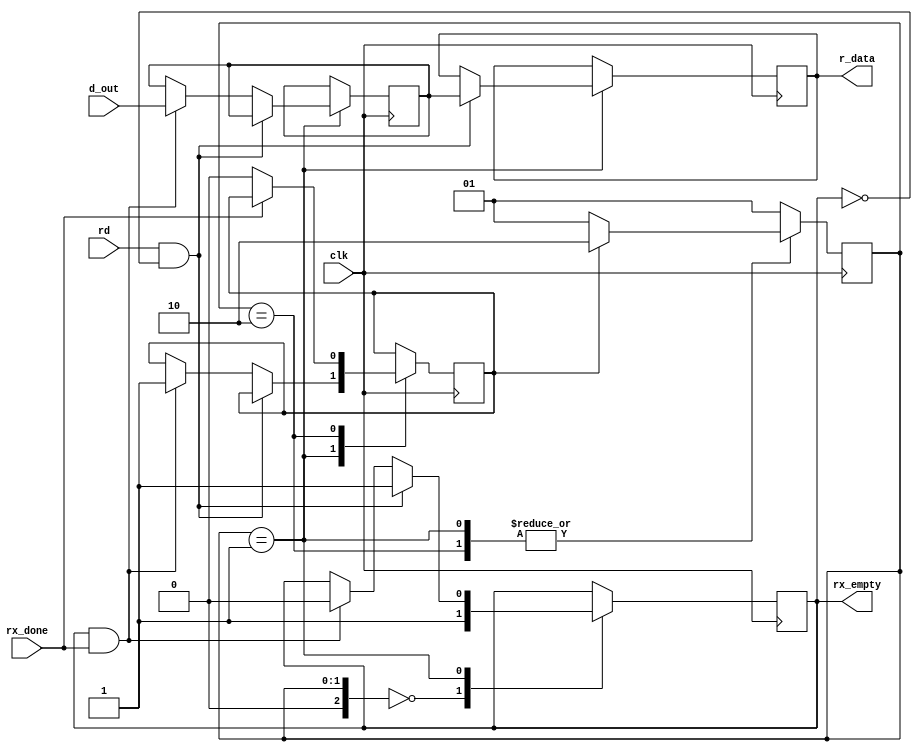
`timescale 1ns / 1ps
//////////////////////////////////////////////////////////////////////////////////
// Company: 
// Engineer: 
// 
// Design Name: 
// Module Name:    fifo_de_rx 
// Project Name: 
// Target Devices: 
// Tool versions: 
// Description: 
//
// Dependencies: 
//
// Revision: 
// Revision 0.01 - File Created
// Additional Comments: 
//
//////////////////////////////////////////////////////////////////////////////////
module fifo_de_rx
(
	input wire [7:0]d_out,
	input wire rx_done,
	input wire rd,
	input wire clk,
	output reg [7:0]r_data,
	output reg rx_empty
);

//Estados
localparam [2:0] START = 2'b00,
					  IDLE = 2'b01,
					  ESPERO = 2'b10;
					  
					  
					  
//Variables internas
reg [2:0] current_state = 3'b00;
reg [2:0] next_state = 3'b00;

reg [7:0] buffer = 1;

reg esperar = 0;

always @(posedge clk)
begin
		current_state <= next_state;
end

		
always @(posedge clk) // always de logica de salida
begin
	case(current_state)
		START: // estado inicial. start
				begin
					rx_empty = 1;
				end
		IDLE: 
				begin
					if(rd==1 && rx_empty==0)
					begin
						r_data = buffer;
						rx_empty = 1;
					end
					else
					begin
						if(rx_empty==1 && rx_done==1)
						begin
							buffer = d_out;
							rx_empty = 0;
							esperar = 1;
						end
					end
				end		
		ESPERO: 
				begin
					if(rx_done == 0)
						esperar = 0;
				end
	endcase
end//always de logica de salida
	
always @*
begin
	next_state = IDLE;
	case(current_state)
	   START:
			begin
				next_state = IDLE;
			end
		IDLE:
			begin
				if(esperar == 1)
					next_state = ESPERO;
				else
					next_state = IDLE;
			end
		ESPERO:
			begin
				if(esperar == 1)
					next_state = ESPERO;
				else
					next_state = IDLE;
			end
	endcase
end //always de logica cambio de estado
	

endmodule